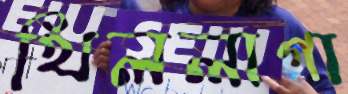
খিললাগা